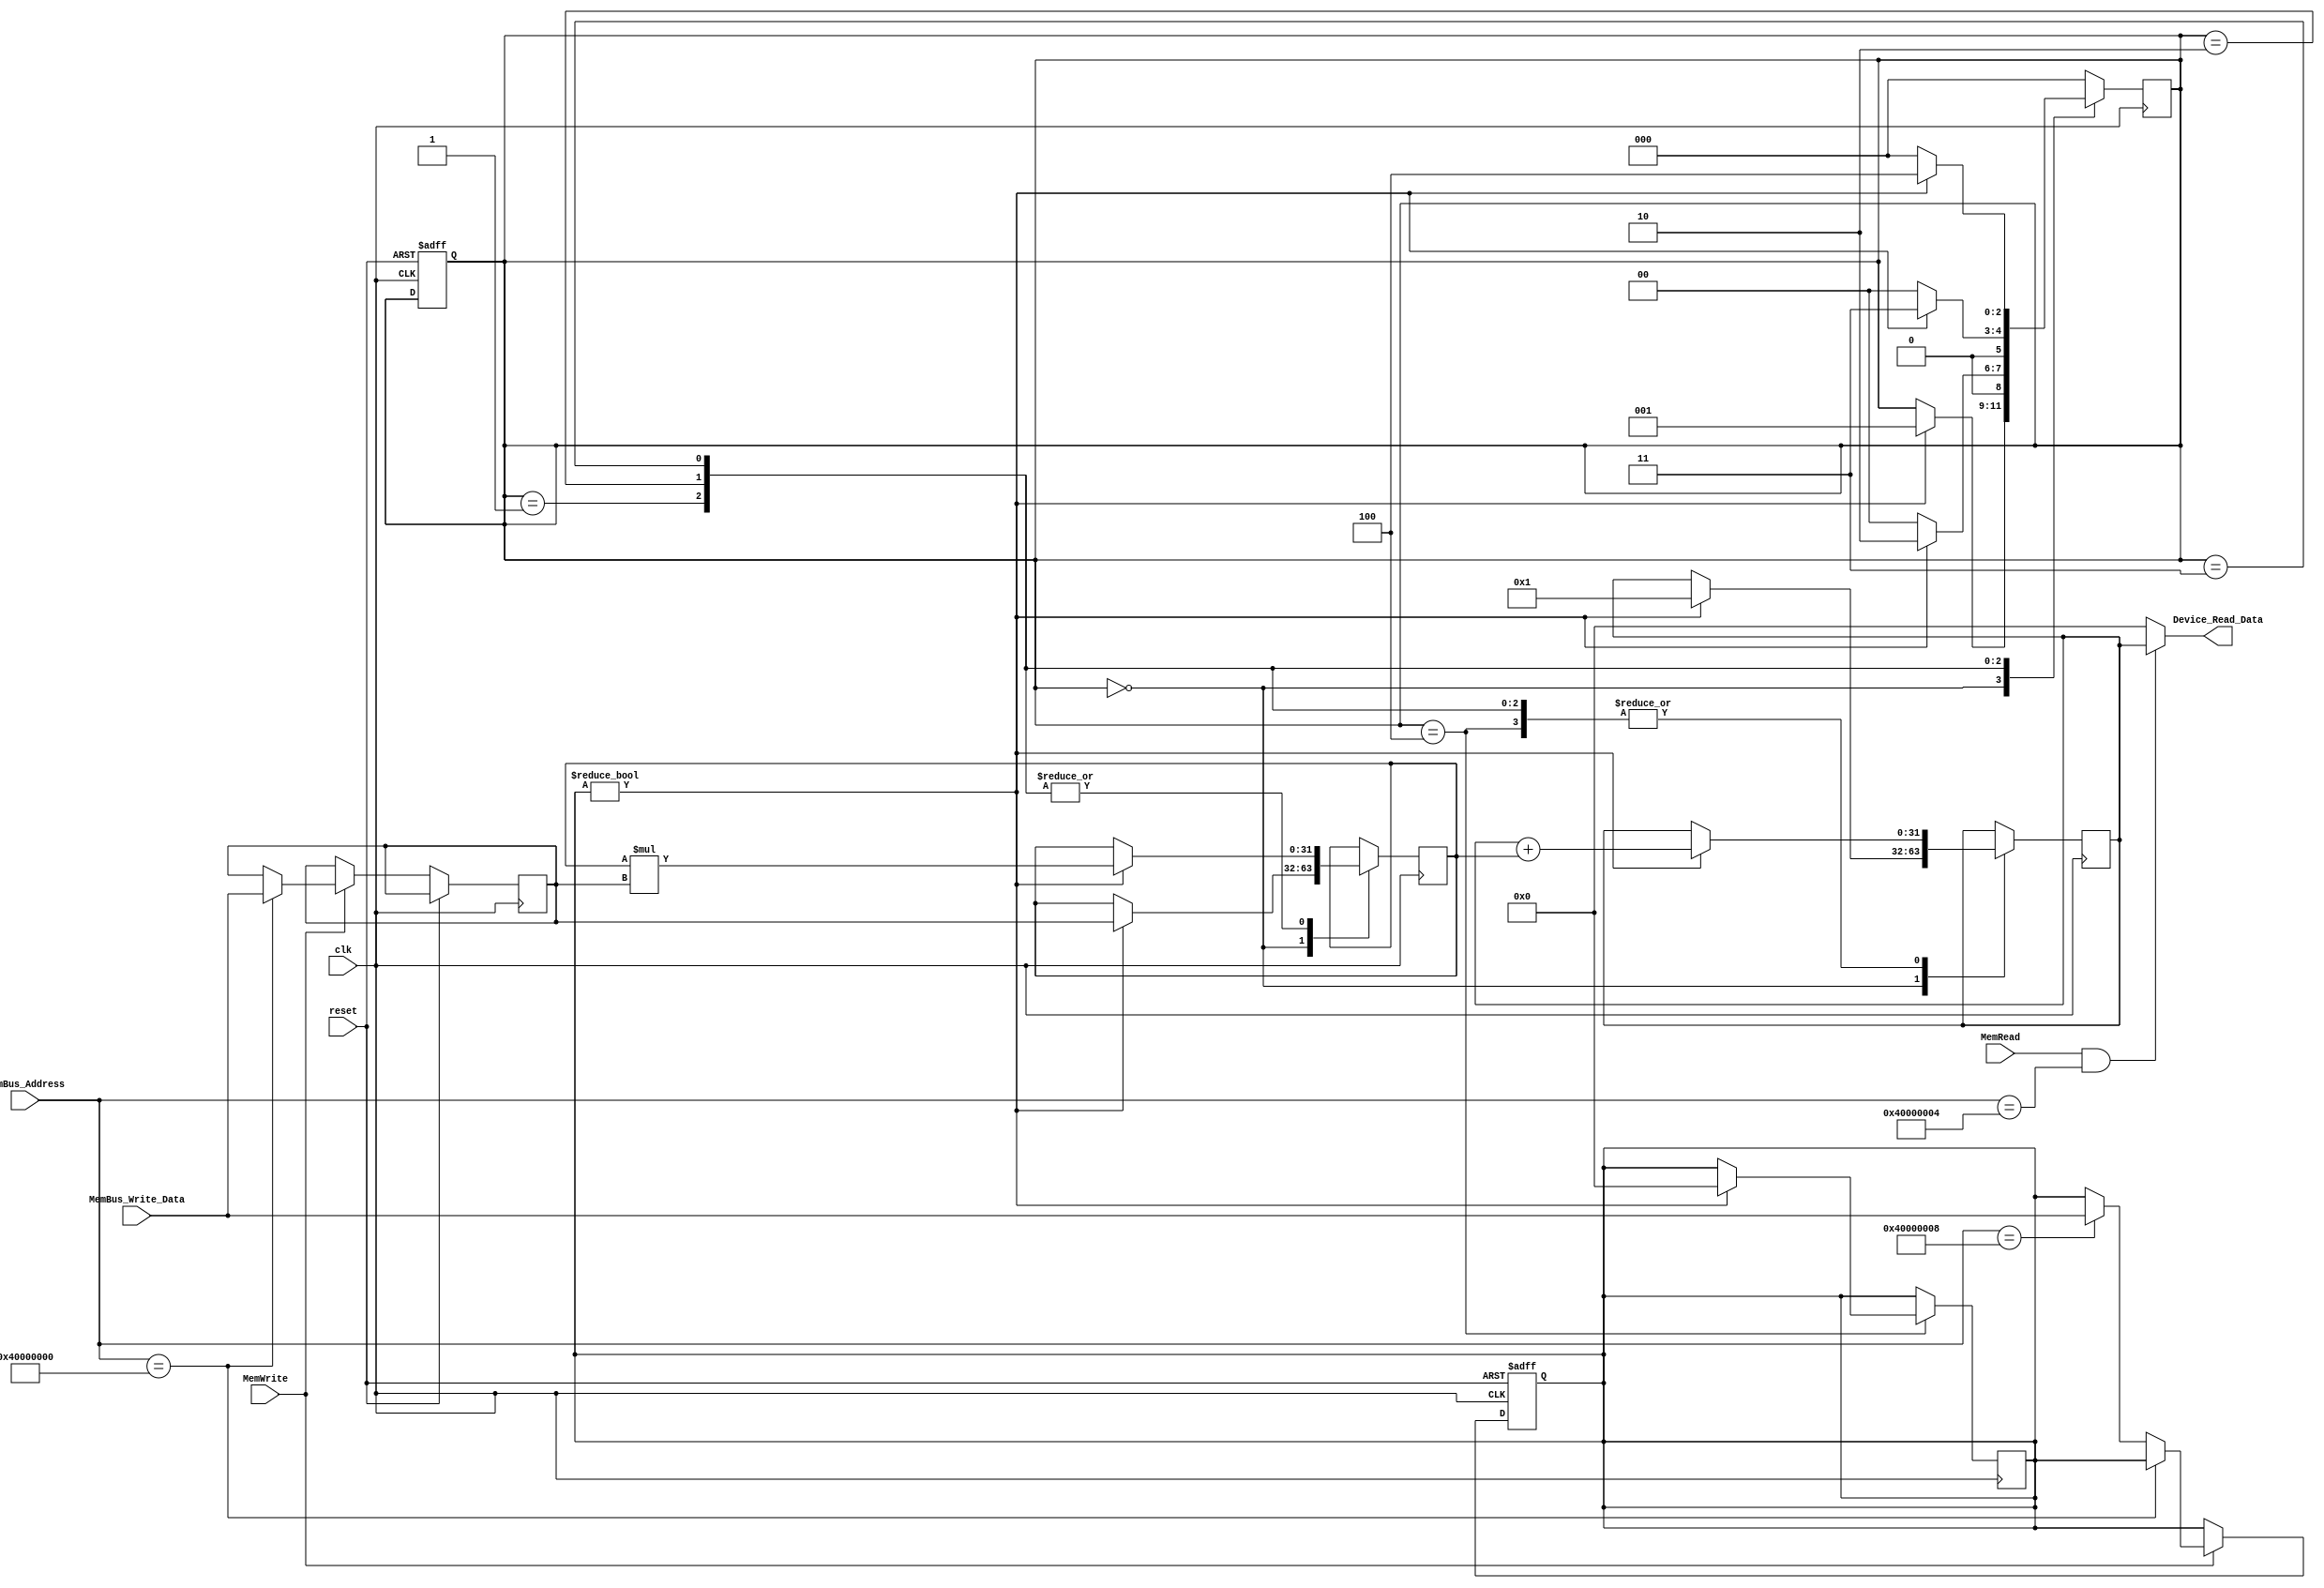
module Device(
	input  reset    , 
	input  clk      , 
	input  MemRead  , 
	input  MemWrite ,
	input  [32 -1:0] MemBus_Address     , 
	input  [32 -1:0] MemBus_Write_Data  , 
	output [32 -1:0] Device_Read_Data
);

	// device registers
	reg [31:0] reg_op;
	reg [31:0] reg_start;
	reg [31:0] reg_ans;

	// -------- Your code below (for question 3) --------
    parameter Op_Add = 32'h40000000;
    parameter St_Add = 32'h40000008;
    parameter Ans_Add = 32'h40000004;
	assign Device_Read_Data = (MemRead && MemBus_Address == Ans_Add)? reg_ans: 32'h00000000;



	reg [2:0]state=3'b000;
	reg [31:0] t;
	//integer i;
	//FSM
	parameter s0=3'b000;
	parameter s1=3'b001;
	parameter s2=3'b010;
	parameter s3=3'b011;
	parameter s4=3'b100;


	 always @(posedge reset or posedge clk)
    begin
        if (reset)
        begin
            reg_start <= 32'h00000000;
            state     <= s0;
        end

        else if (MemWrite)
		begin
			if(MemBus_Address == Op_Add) reg_op <= MemBus_Write_Data;
			else if(MemBus_Address == St_Add) reg_start <= MemBus_Write_Data;
		end
    end

	always@(posedge clk )
	begin
			case(state)
				s0:begin
				if(reg_start)
				    begin
					  // reg_op<=MemBus_Write_Data;
					   t<=reg_op;
					   reg_ans<=32'h00000001;
					   state<=s1;
					end
				end
				s1:begin
					if(reg_start)
						begin
							reg_ans<=reg_ans+t;
							t<=t*reg_op;
							state<=s2;					
						end
					else
						state<=s0;
				end
				s2:begin
					if(reg_start)
						begin
							reg_ans<=reg_ans+t;
							t<=t*reg_op;
							state<=s3;
						end
					else
						state<=s0;
				end
				s3:begin
					if(reg_start)
						begin
							reg_ans<=reg_ans+t;
							t<=t*reg_op;
							state<=s4;
						end
					else
						state<=s0;
				end
				s4:begin
					if(reg_start)
						begin
							reg_ans<=reg_ans+t;
							reg_start<=32'h00000000;
							state<=s0;
						end
					else
						state<=s0;
				end
				default:state<=s0;
			endcase
	end
	// -------- Your code above (for question 3) --------

endmodule